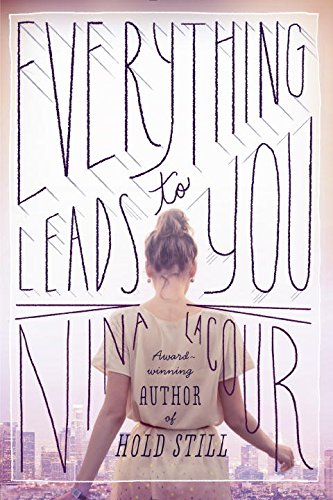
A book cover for Everything Leads to You; Nina LaCour; Teen & Young Adult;